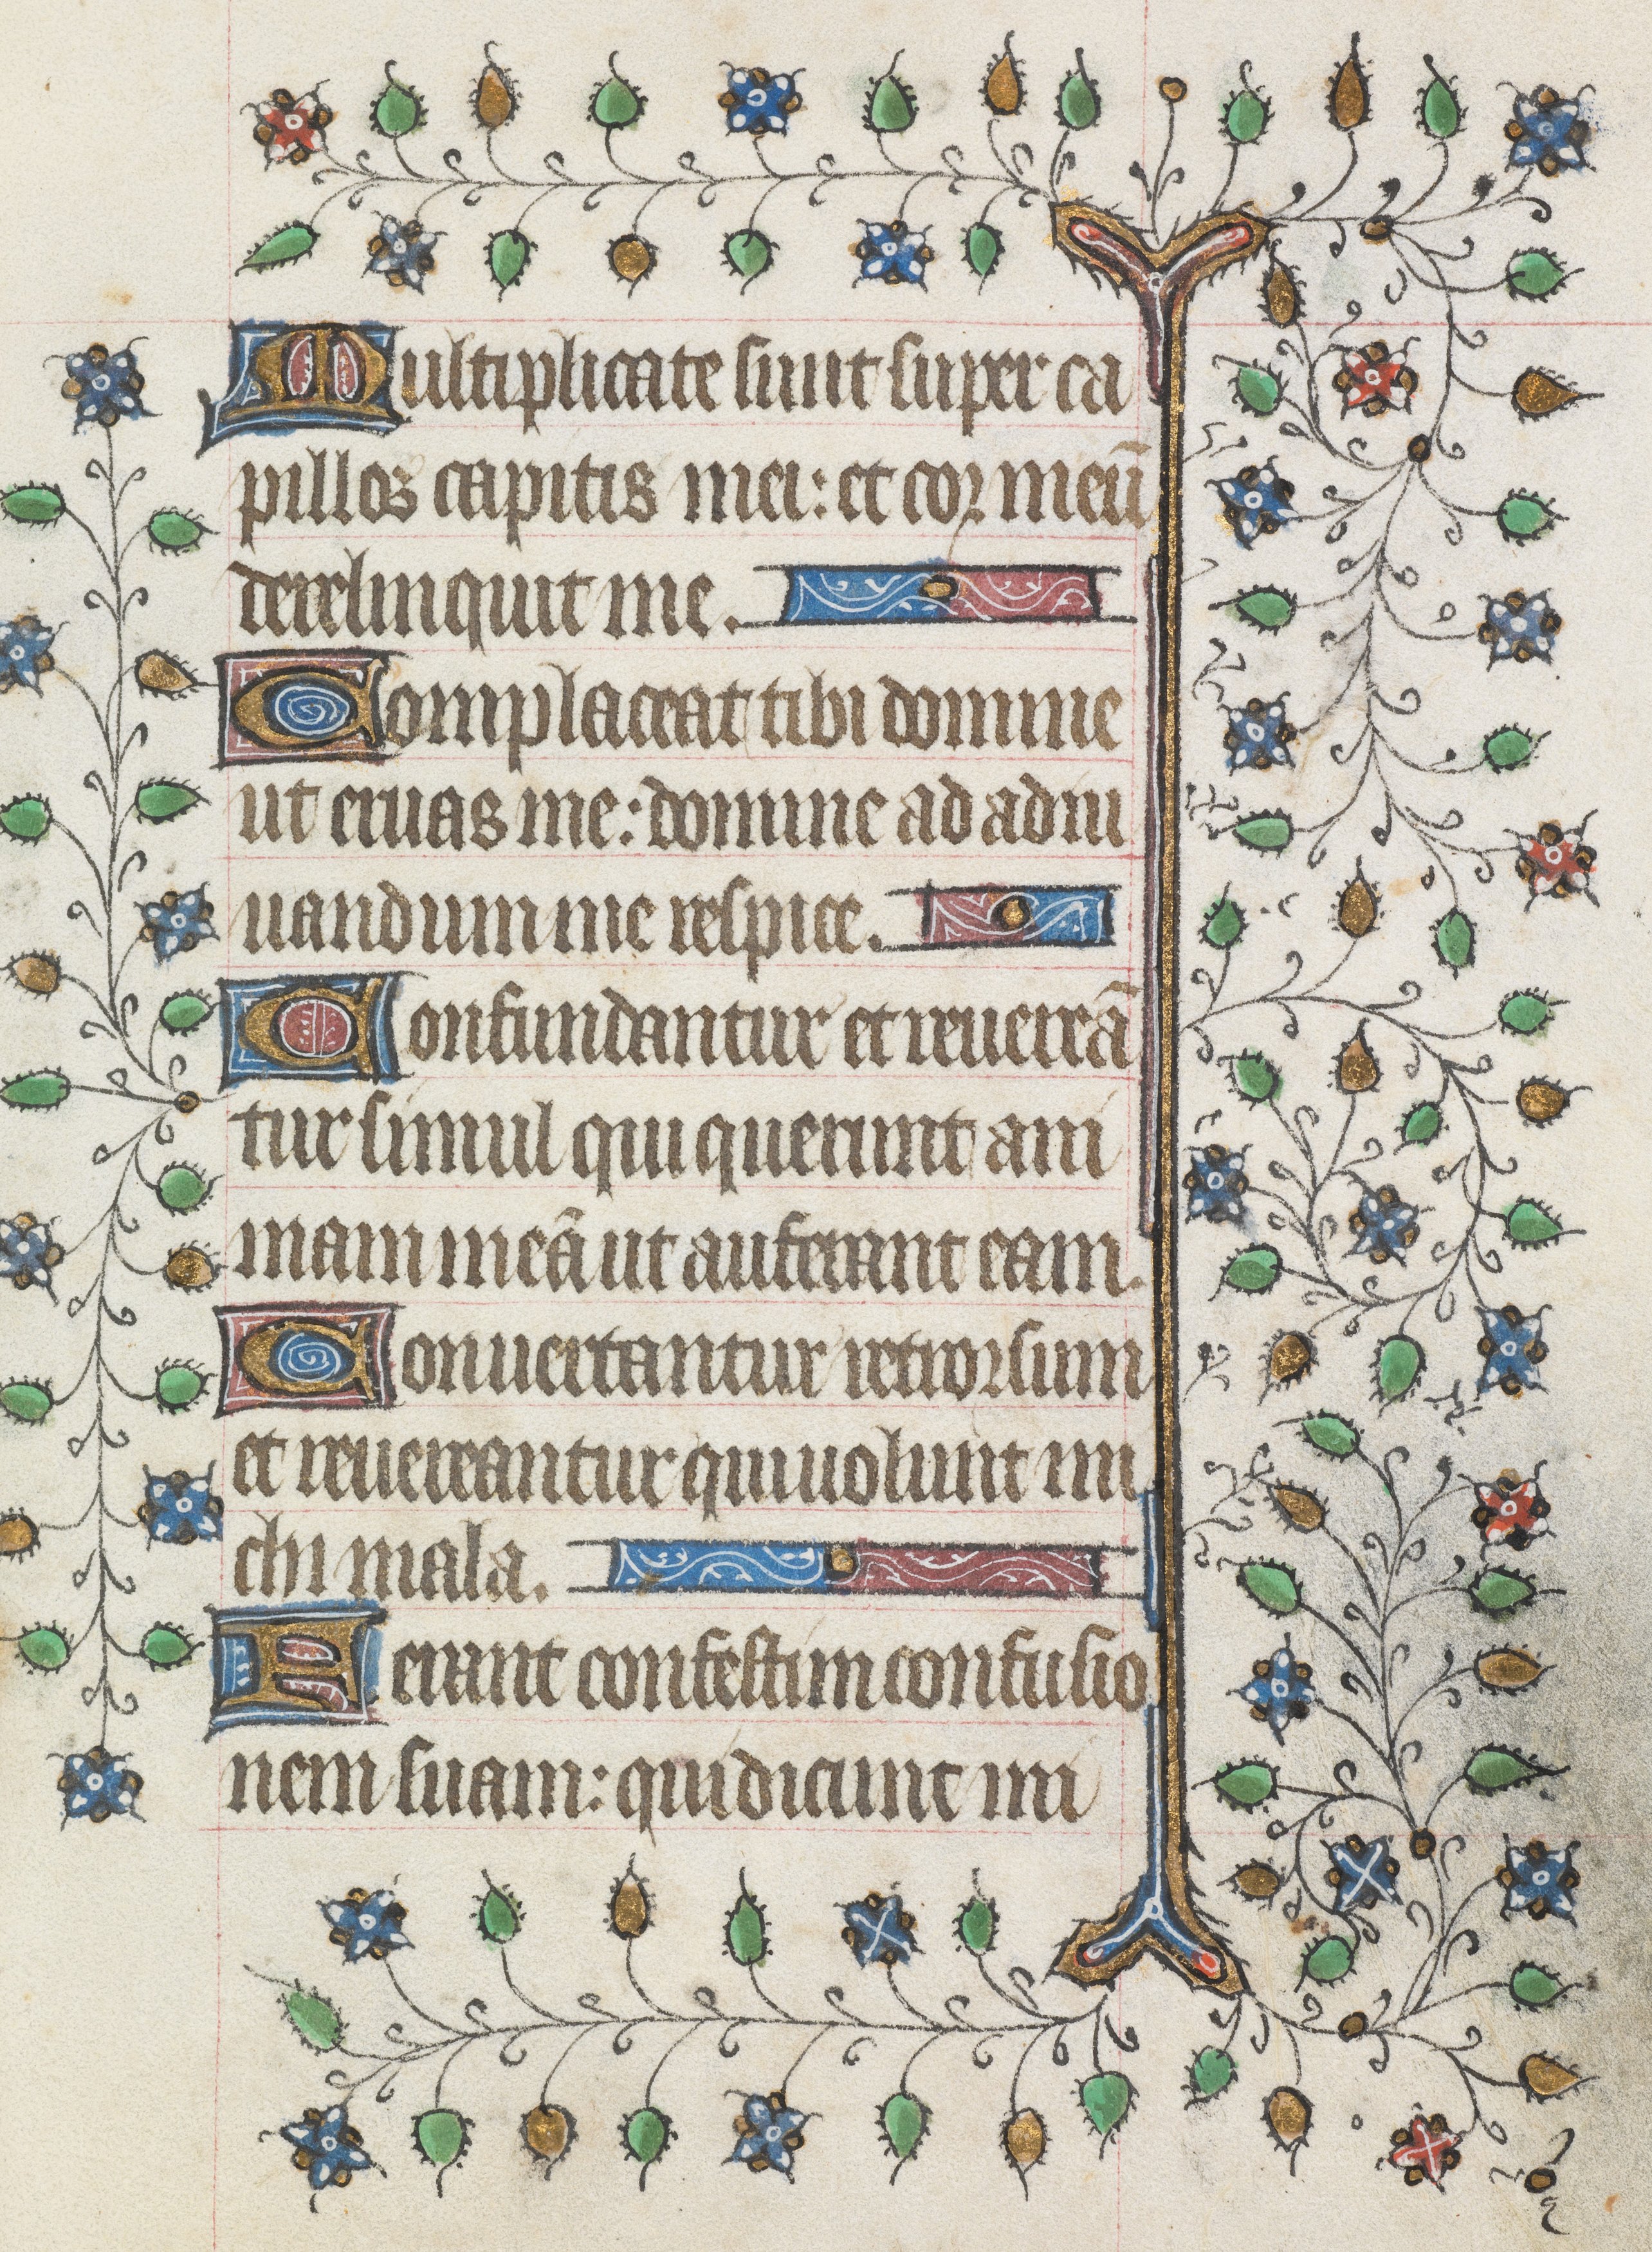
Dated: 1421–1421